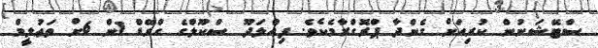
ސްޓޭޝަނުން ކުރިއަށް ގެންދާ ޕްރޮގްރާމެކެވެެ. ފިއްލަދޫ ސްކޫލްގެ ގްރޭޑް 1ން 6ށް ތަޢުލީމް